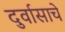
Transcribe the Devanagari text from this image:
दुर्वासाचे